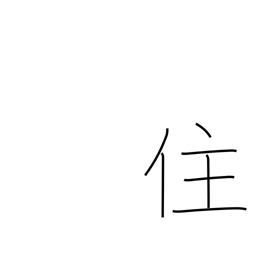
Meaning: live